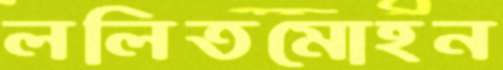
ললিতমোহন